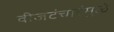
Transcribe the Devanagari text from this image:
वीजटंचाईमुळे